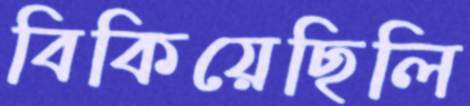
বিকিয়েছিলি